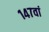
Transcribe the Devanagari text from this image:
१४७वां